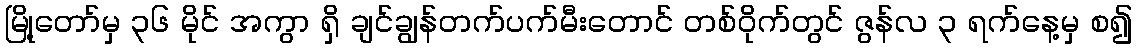
မြို့တော်မှ ၃၆ မိုင် အကွာ ရှိ ချင်ချွန်တက်ပက်မီးတောင် တစ်ဝိုက်တွင် ဇွန်လ ၃ ရက်နေ့မှ စ၍